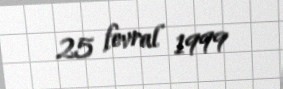
25 fevral 1999